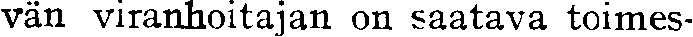
vän viranhoitajan on saatava toimes-